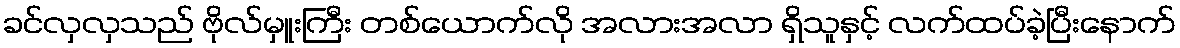
ခင်လှလှသည် ဗိုလ်မှူးကြီး တစ်ယောက်လို အလားအလာ ရှိသူနှင့် လက်ထပ်ခဲ့ပြီးနောက်